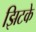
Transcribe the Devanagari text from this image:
झिटके